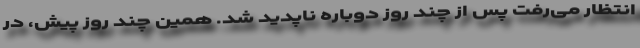
انتظار می‌رفت پس از چند روز دوباره ناپدید شد. همین چند روز پیش، در